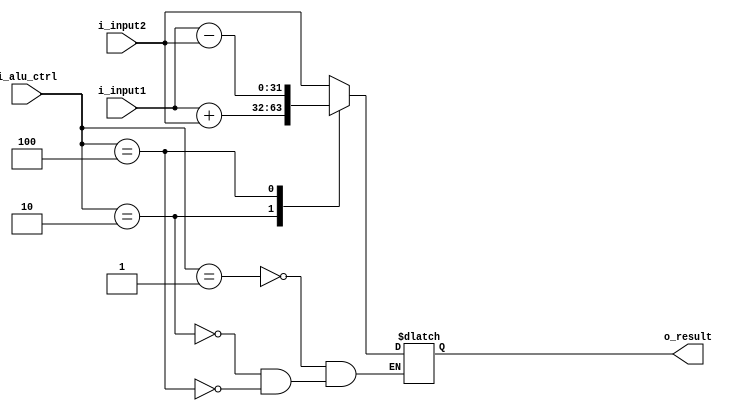
`timescale 1ns / 1ps
//////////////////////////////////////////////////////////////////////////////////
// Company: 
// Engineer: 
// 
// Design Name: 
// Module Name: alu
// Project Name: 
// Target Devices: 
// Tool Versions: 
// Description: 
// 
// Dependencies: 
// 
// Revision:
// Revision 0.01 - File Created
// Additional Comments:
// 
//////////////////////////////////////////////////////////////////////////////////


module alu(
    input wire[9:0] i_alu_ctrl,
    input wire[31:0] i_input1,
    input wire[31:0] i_input2,          
    output wire[31:0] o_result
    );
    
                    reg[31:0] temp_result;

    always @(*) begin
        case (i_alu_ctrl)
            3'b001: // lui
                temp_result <= i_input2;
            3'b010: // add
                temp_result <= i_input1 + i_input2;
            3'b100: // sub
                temp_result <= i_input1 - i_input2;
        endcase
    end
    
    assign o_result = temp_result;
endmodule